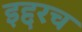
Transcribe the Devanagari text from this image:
इद्दरच